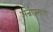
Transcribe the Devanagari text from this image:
अन्नाप्रमाणे